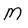
Character: M